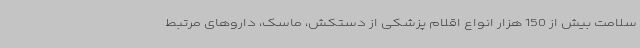
سلامت بیش از 150 هزار انواع اقلام پزشکی از دستکش، ماسک، داروهای مرتبط